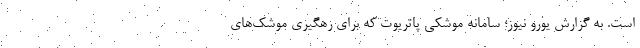
است. به گزارش یورو نیوز؛ سامانه موشکی پاتریوت که برای رهگیری موشک‌های